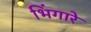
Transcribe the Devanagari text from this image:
भिंगारे